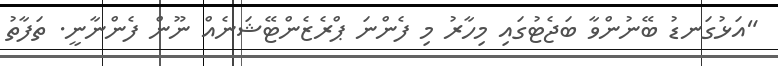
"އަޅުގަނޑު ބޭނުންވާ ބަޖެޓުގައި މިހާރު މި ފެންނަ ޕްރެޒެންޓޭޝަނެއް ނޫން ފެންނާނީ. ތަފާތު